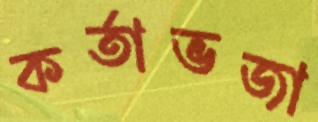
কর্তাভজা